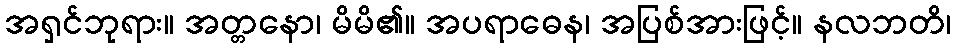
အရှင်ဘုရား။ အတ္တနော၊ မိမိ၏။ အပရာဓေန၊ အပြစ်အားဖြင့်။ နလဘတိ၊